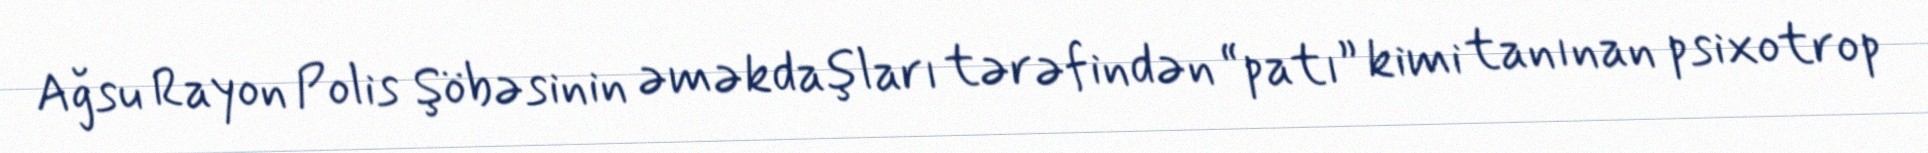
Ağsu Rayon Polis Şöbəsinin əməkdaşları tərəfindən “patı” kimi tanınan psixotrop